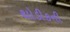
થોડીકની